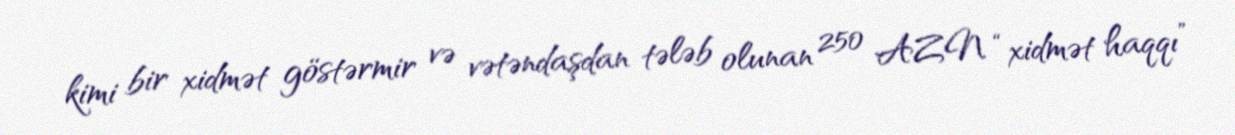
kimi bir xidmət göstərmir və vətəndaşdan tələb olunan 250 AZN “xidmət haqqı”